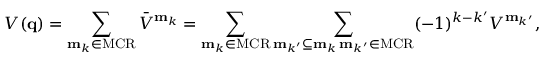
V ( \mathbf { q } ) = \sum _ { \mathbf { m } _ { k } \in \mathrm { M C R } } \bar { V } ^ { \mathbf { m } _ { k } } = \sum _ { \mathbf { m } _ { k } \in \mathrm { M C R } } \sum _ { \substack { \mathrm { \bf m } _ { k ^ { \prime } } \subseteq \mathrm { \bf m } _ { k } \, \mathrm { \bf m } _ { k ^ { \prime } } \in \mathrm { M C R } } } ( - 1 ) ^ { k - k ^ { \prime } } V ^ { \mathbf { m } _ { k ^ { \prime } } } ,